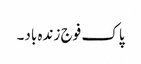
پاک فوج زندہ باد۔